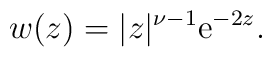
w(z) = |z|^{\nu-1} {\rm e}^{-2z}.